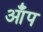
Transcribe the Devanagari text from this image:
आँप